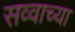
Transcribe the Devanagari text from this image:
सव्वाच्या